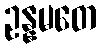
ဥန္နမတေ